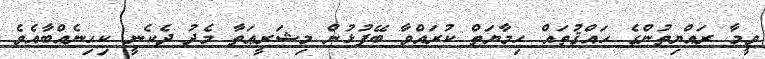
ވީމާ ރައްޔިތުންގެ ޙައްޤުތައް ޙިމާޔަތް ކުރައްވާ ބޭފުޅުން މިޝަރީޢަތާ މެދު ދެކެނީ ކިހިނެއްބާއެވެ